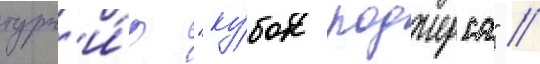
турн'и́р "ку́бок роджерса" //